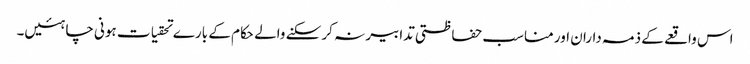
اس واقعے کے ذمہ داران اور مناسب حفاظتی تدابیر نہ کر سکنے والے حکام کے بارے تحقیات ہونی چاہئیں۔